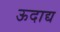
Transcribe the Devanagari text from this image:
ऊदाद्य